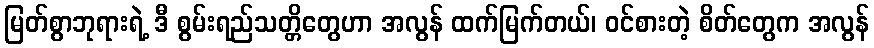
မြတ်စွာဘုရားရဲ့ ဒီ စွမ်းရည်သတ္တိတွေဟာ အလွန် ထက်မြက်တယ်၊ ဝင်စားတဲ့ စိတ်တွေက အလွန်